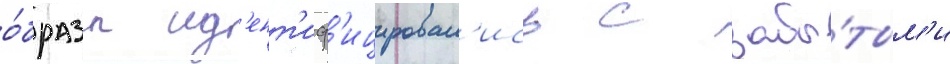
о́бразы ид'ент'иф'ицировал'ись с забы́тым'и